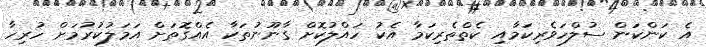
އެ ކަންކަން ސުލްހަވެރިކަމާއި ކެތްތެރިކަމާ އެކު ހައްލުކޮށް ގާނޫނުތަކާ އެއްގޮތަށް އަމަލުކުުރުމަށް ހުރިހާ